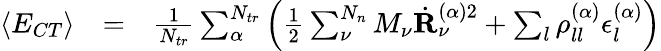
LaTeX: \begin{array}{rlr}{\langle E_{CT}\rangle}&{=}&{\frac{1}{N_{tr}}\sum_{\alpha}^{N_{tr}}\left(\frac{1}{2}\sum_{\nu}^{N_{n}}M_{\nu}\dot{\mathbf{R}}_{\nu}^{(\alpha)2}+\sum_{l}\rho_{ll}^{(\alpha)}\epsilon_{l}^{(\alpha)}\right)}\end{array}